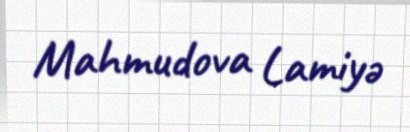
Mahmudova Lamiyə